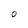
Character: O